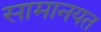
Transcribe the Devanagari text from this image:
सामानयत